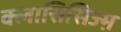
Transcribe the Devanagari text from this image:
क्लासिसिज्म़